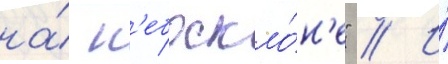
на́ н'ебоскло́н'е" // И́